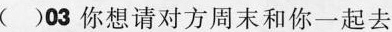
( )03 你想请对方周末和你一起去